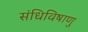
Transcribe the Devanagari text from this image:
संधिविषाणु